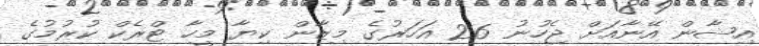
އިޝާން އޭނާއަށް ޖެހުނު 26 އަހަރުގެ މިޒާން ކިޔާ މީހާ ޓްރެކް ކުރުމުގެ